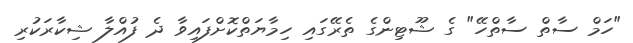
"ހަމް ސާތް ސާތްހޭ" ގެ ޝޫޓިންގެ ތެރޭގައި ހިމާޔަތްކޮށްފައިވާ ދެ ފުއްލާ ޝިކާރަކުރި